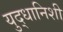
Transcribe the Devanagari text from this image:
युद्धानिशी